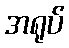
အရုပ်